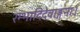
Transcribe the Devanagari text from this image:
रम्भादिदेवाङ्गनाः।